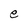
Character: e